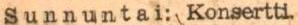
Sunnuntai: Konsertti.